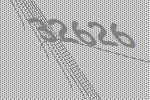
32626